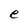
Character: e